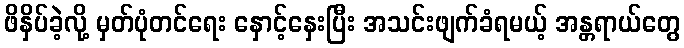
ဖိနှိပ်ခဲ့လို့ မှတ်ပုံတင်ရေး နှောင့်နှေးပြီး အသင်းဖျက်ခံရမယ့် အန္တရာယ်တွေ